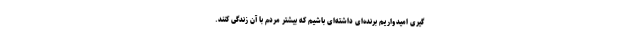
گیری امیدواریم برنده‌ای داشته‌ای باشیم که بیشتر مردم با آن زندگی کنند.